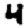
Digit: 4